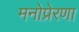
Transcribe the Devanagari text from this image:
मनोप्रेरणा